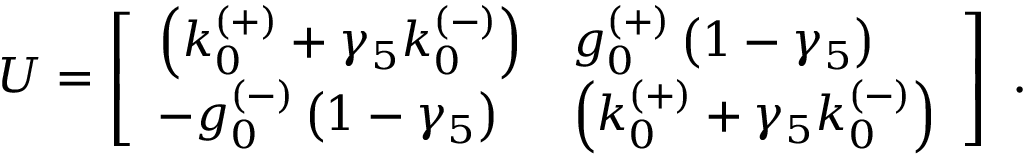
U = \left[ \begin{array} { l l } { { \left( k _ { 0 } ^ { ( + ) } + { \gamma } _ { 5 } k _ { 0 } ^ { ( - ) } \right) } } & { { g _ { 0 } ^ { ( + ) } \left( 1 - { \gamma } _ { 5 } \right) } } \\ { { - g _ { 0 } ^ { ( - ) } \left( 1 - { \gamma } _ { 5 } \right) } } & { { \left( k _ { 0 } ^ { ( + ) } + { \gamma } _ { 5 } k _ { 0 } ^ { ( - ) } \right) } } \end{array} \right] \ .